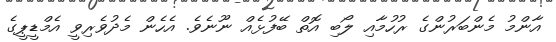
އާންމު މެންބަރުންގެ ރުހުމާއި ލޯބި އޮތް ބޭފުޅެއް ނޫނެވެ. އެހެން މެދުވެރިވީ އެމްޑީޕީގެ